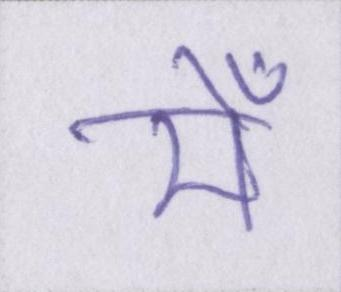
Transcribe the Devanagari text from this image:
मेँ